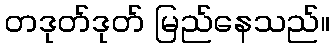
တဒုတ်ဒုတ် မြည်နေသည်။